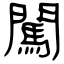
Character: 闖